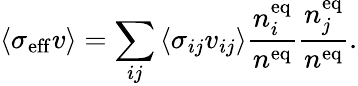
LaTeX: {\langle\sigma_{\mathrm{eff}}v\rangle}=\sum_{ij}{\langle\sigma_{ij}v_{ij}\rangle}{\frac{n_{i}^{\mathrm{eq}}}{n^{\mathrm{eq}}}}{\frac{n_{j}^{\mathrm{eq}}}{n^{\mathrm{eq}}}}.